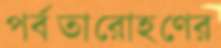
পর্বতারোহণের